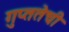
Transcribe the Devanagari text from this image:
गुप्ततेची